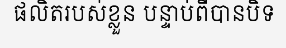
ផលិតរបស់ខ្លួន បន្ទាប់ពីបានបិទ